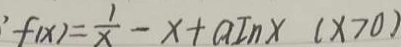
\prime f ( x ) = \frac { 1 } { x } - x + a I n x ( x > 0 )